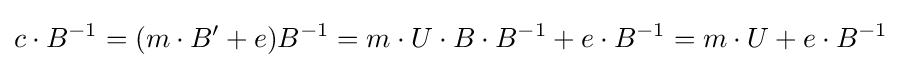
c\cdot B^{-1}=(m\cdot B^{\prime }+e)B^{-1}=m\cdot U\cdot B\cdot B^{-1}+e\cdot B^{-1}=m\cdot U+e\cdot B^{-1}